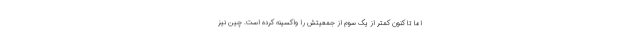
اما تا کنون کمتر از یک سوم از جمعیتش را واکسینه کرده است. چین نیز